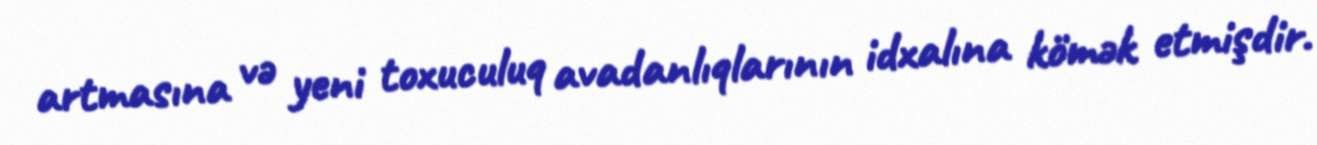
artmasına və yeni toxuculuq avadanlıqlarının idxalına kömək etmişdir.